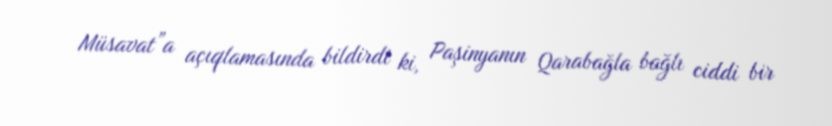
Müsavat”a açıqlamasında bildirdi ki, Paşinyanın Qarabağla bağlı ciddi bir